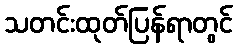
သတင်းထုတ်ပြန်ရာတွင်